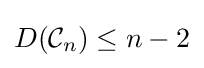
D({\mathcal {C}}_{n})\leq n-2